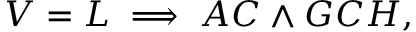
V = L \implies A C \land G C H ,